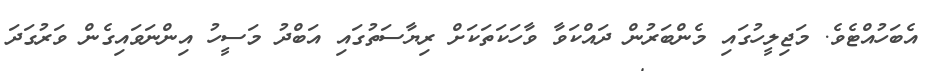
އެބަހުއްޓެވެ. މަޖިލީހުގައި މެންބަރުން ދައްކަވާ ވާހަކަތަކަށް ރިޔާސަތުގައި އަބްދު މަސީހު އިންނަވައިގެން ވަރުގަދަ